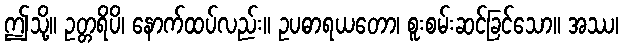
ဤသို့။ ဥတ္တရိပိ၊ နောက်ထပ်လည်း။ ဥပဓာရယတော၊ စူးစမ်းဆင်ခြင်သော။ အဿ၊